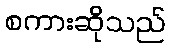
စကားဆိုသည်